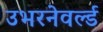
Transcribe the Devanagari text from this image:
उभरनेवर्ल्ड